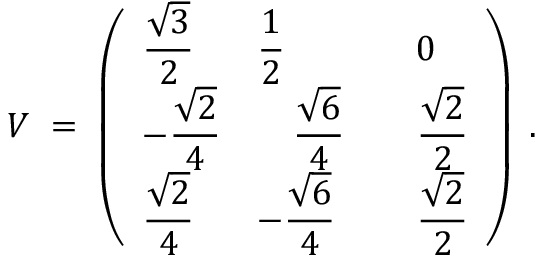
V \; = \; \left( \begin{array} { l l l } { { \displaystyle \frac { \sqrt { 3 } } { 2 } } } & { { \displaystyle \frac { 1 } { 2 } } } & { { 0 } } \\ { { - \displaystyle \frac { \sqrt { 2 } } { 4 } } } & { { ~ ~ ~ \displaystyle \frac { \sqrt { 6 } } { 4 } ~ ~ ~ } } & { { \displaystyle \frac { \sqrt { 2 } } { 2 } } } \\ { { \displaystyle \frac { \sqrt { 2 } } { 4 } } } & { { - \displaystyle \frac { \sqrt { 6 } } { 4 } } } & { { \displaystyle \frac { \sqrt { 2 } } { 2 } } } \end{array} \right) \; .